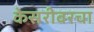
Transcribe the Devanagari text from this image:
केसरीवरचा